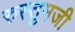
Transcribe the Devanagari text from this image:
रुस्तुमजी